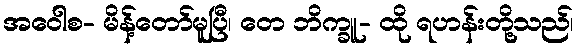
အဝေါစ- မိန့်တော်မူပြီ၊ တေ ဘိက္ခူ- ထို ရဟန်းတို့သည်၊